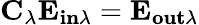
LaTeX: \mathbf{C_{\lambda}}\mathbf{E_{in\lambda}}=\mathbf{E_{out\lambda}}